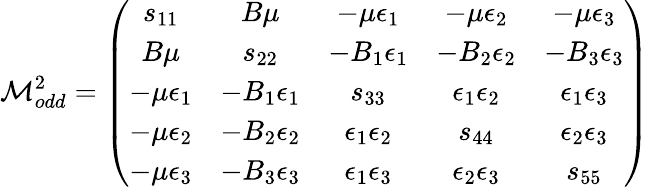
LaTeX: {\cal M}_{odd}^{2}=\left(\begin{array}{ccccc}{{s_{11}}}&{{B\mu}}&{{-\mu\epsilon_{1}}}&{{-\mu\epsilon_{2}}}&{{-\mu\epsilon_{3}}}\\ {{B\mu}}&{{s_{22}}}&{{-B_{1}\epsilon_{1}}}&{{-B_{2}\epsilon_{2}}}&{{-B_{3}\epsilon_{3}}}\\ {{-\mu\epsilon_{1}}}&{{-B_{1}\epsilon_{1}}}&{{s_{33}}}&{{\epsilon_{1}\epsilon_{2}}}&{{\epsilon_{1}\epsilon_{3}}}\\ {{-\mu\epsilon_{2}}}&{{-B_{2}\epsilon_{2}}}&{{\epsilon_{1}\epsilon_{2}}}&{{s_{44}}}&{{\epsilon_{2}\epsilon_{3}}}\\ {{-\mu\epsilon_{3}}}&{{-B_{3}\epsilon_{3}}}&{{\epsilon_{1}\epsilon_{3}}}&{{\epsilon_{2}\epsilon_{3}}}&{{s_{55}}}\end{array}\right)